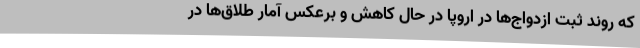
که روند ثبت ازدواج‌ها در اروپا در حال کاهش و برعکس آمار طلاق‌ها در